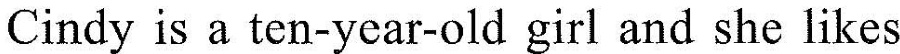
Cindy is a ten-year-old girl and she likes